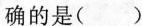
确的是()